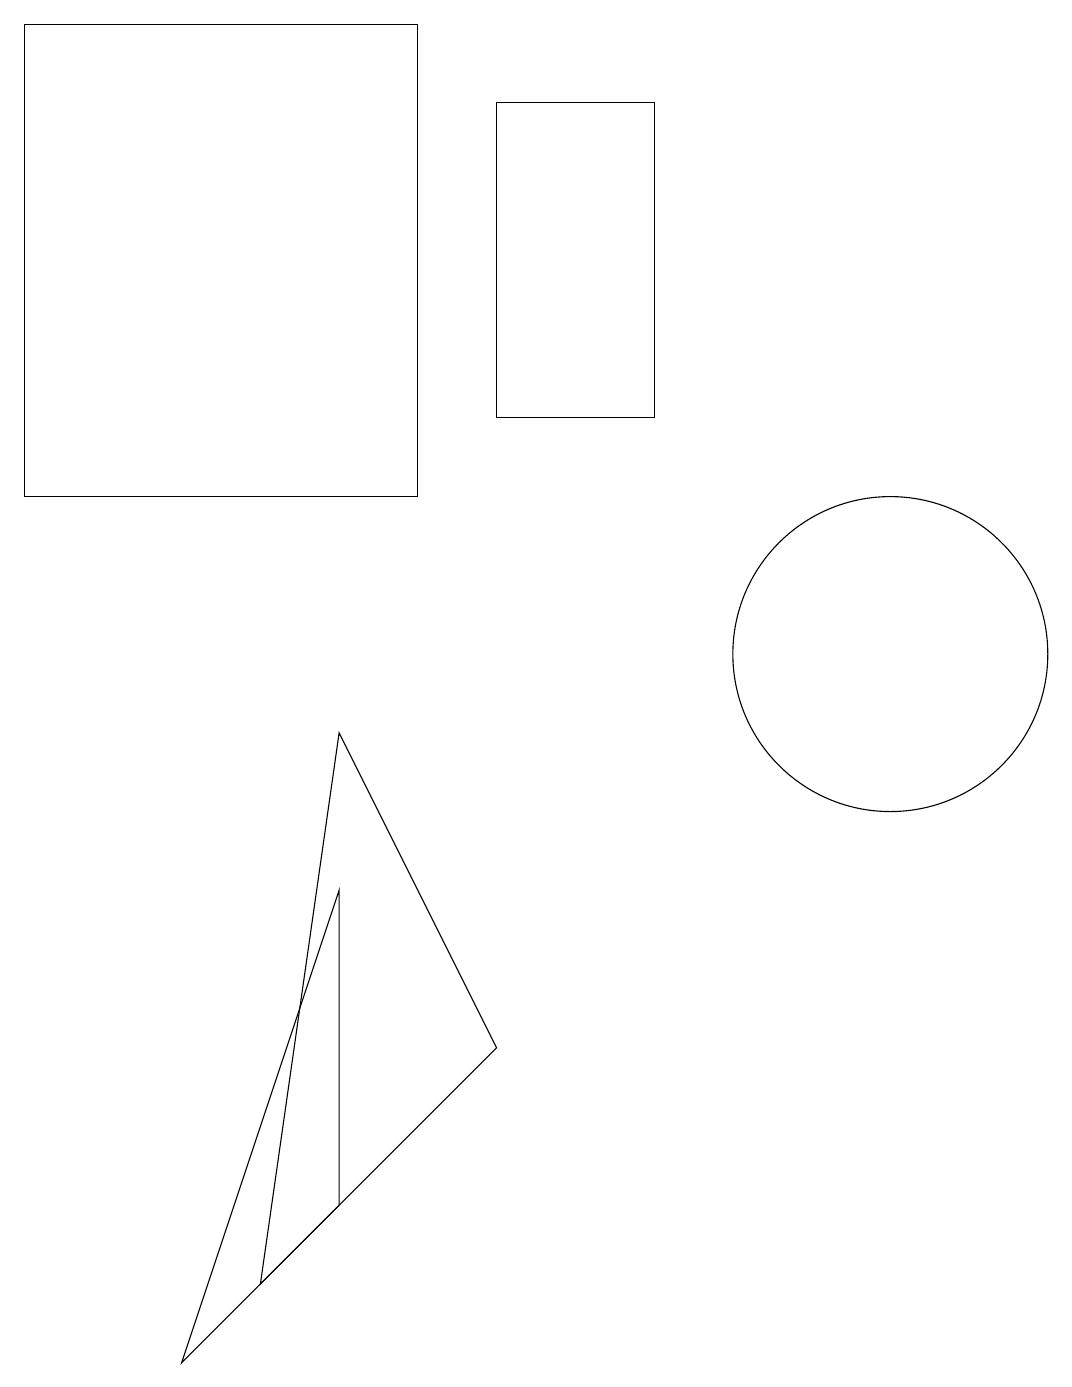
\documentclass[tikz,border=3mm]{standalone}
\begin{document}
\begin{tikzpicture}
\draw (7,5) -- (4,2) -- (5,9) -- cycle;
\draw (12,10) circle (2);
\draw (7,13) rectangle (9,17);
\draw (5,7) -- (3,1) -- (5,3) -- cycle;
\draw (1,18) rectangle (6,12);
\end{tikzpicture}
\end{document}